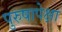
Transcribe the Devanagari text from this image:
पुरुषापेक्षा